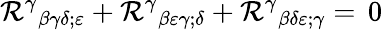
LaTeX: {\mathcal{R}^{\gamma}}_{\beta\gamma\delta;\varepsilon}+{\mathcal{R}^{\gamma}}_{\beta\varepsilon\gamma;\delta}+{\mathcal{R}^{\gamma}}_{\beta\delta\varepsilon;\gamma}=\, 0